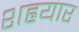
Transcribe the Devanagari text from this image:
शह्रयार